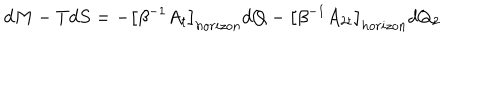
LaTeX: d M - T d S = - \left[ \beta ^ { - 1 } A _ { t } \right] _ { h o r i z o n } d Q - \left[ \beta ^ { - 1 } A _ { 2 t } \right] _ { h o r i z o n } d Q _ { 2 }